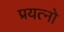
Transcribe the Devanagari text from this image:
प्रयत्नो